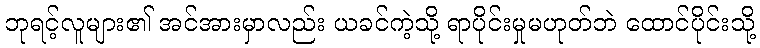
ဘုရင့်လူများ၏ အင်အားမှာလည်း ယခင်ကဲ့သို့ ရာပိုင်းမှုမဟုတ်ဘဲ ထောင်ပိုင်းသို့